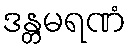
ဒန္တမရဏံ